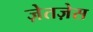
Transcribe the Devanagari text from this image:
ज़ेतज़ेस